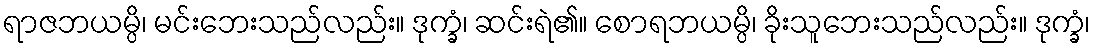
ရာဇဘယမ္ပိ၊ မင်းဘေးသည်လည်း။ ဒုက္ခံ၊ ဆင်းရဲ၏။ စောရဘယမ္ပိ၊ ခိုးသူဘေးသည်လည်း။ ဒုက္ခံ၊